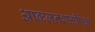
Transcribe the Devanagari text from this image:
आकलनशक्तीपेक्षा